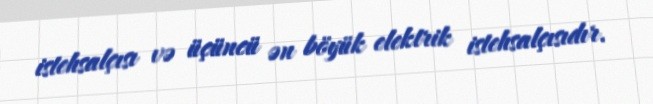
istehsalçısı və üçüncü ən böyük elektrik istehsalçısıdır.